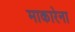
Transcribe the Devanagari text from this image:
माकारेना